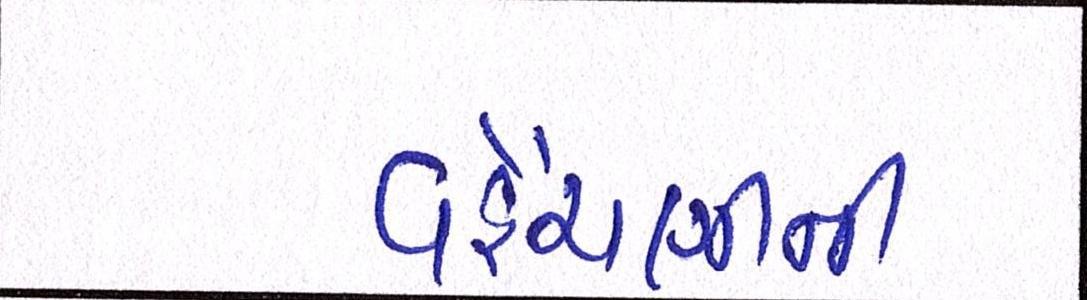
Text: વહેંચણીની